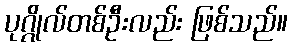
ပုဂ္ဂိုလ်တစ်ဦးလည်း ဖြစ်သည်။